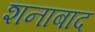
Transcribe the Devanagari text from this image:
शनाबाद